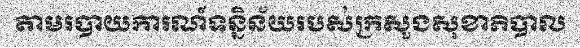
តាមរបាយការណ៍ទន្និន័យរបស់ក្រសួងសុខាភិបាល